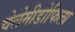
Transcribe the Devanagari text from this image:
चेलेमीडोफिला